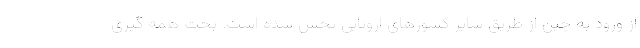
از ورود به چین از طریق سایر کشورهای اروپایی پخش شده است. بحث همه گیری